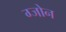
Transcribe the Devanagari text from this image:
ग्जोन